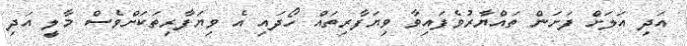
އަދި އަލަށް ފަށަން ތައްޔާރުވެފައިވާ ވިޔަފާރިތައް ހޯދައި އެ ވިޔަފާރިތަކަށްވެސް މާލީ އަދި